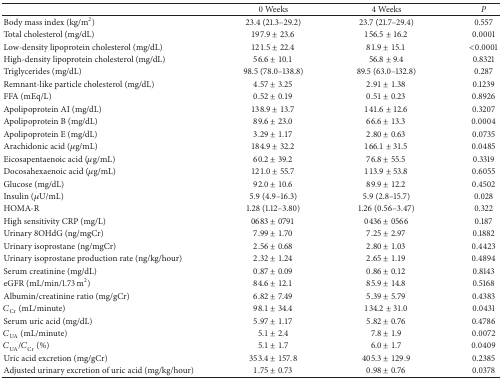
<table><thead><tr><td><b> </b></td><td><b>0 Weeks</b></td><td><b>4 Weeks</b></td><td><b><i>P </i></b></td></tr></thead><tbody><tr><td>Body mass index (kg/m<sup>2</sup>)</td><td>23.4 (21.3–29.2)</td><td>23.7 (21.7–29.4)</td><td>0.557</td></tr><tr><td>Total cholesterol (mg/dL)</td><td>197.9 ± 23.6</td><td>156.5 ± 16.2</td><td>0.0001</td></tr><tr><td>Low-density lipoprotein cholesterol (mg/dL)</td><td>121.5 ± 22.4</td><td>81.9 ± 15.1</td><td>&lt;0.0001</td></tr><tr><td>High-density lipoprotein cholesterol (mg/dL)</td><td>56.6 ± 10.1</td><td>56.8 ± 9.4</td><td>0.8321</td></tr><tr><td>Triglycerides (mg/dL)</td><td>98.5 (78.0–138.8)</td><td>89.5 (63.0–132.8)</td><td>0.287</td></tr><tr><td>Remnant-like particle cholesterol (mg/dL)</td><td>4.57 ± 3.25</td><td>2.91 ± 1.38</td><td>0.1239</td></tr><tr><td>FFA (mEq/L)</td><td>0.52 ± 0.19</td><td>0.51 ± 0.23</td><td>0.8926</td></tr><tr><td>Apolipoprotein AI (mg/dL)</td><td>138.9 ± 13.7</td><td>141.6 ± 12.6</td><td>0.3207</td></tr><tr><td>Apolipoprotein B (mg/dL)</td><td>89.6 ± 23.0</td><td>66.6 ± 13.3</td><td>0.0004</td></tr><tr><td>Apolipoprotein E (mg/dL)</td><td>3.29 ± 1.17</td><td>2.80 ± 0.63</td><td>0.0735</td></tr><tr><td>Arachidonic acid (<i>μ</i>g/mL)</td><td>184.9 ± 32.2</td><td>166.1 ± 31.5</td><td>0.0485</td></tr><tr><td>Eicosapentaenoic acid (<i>μ</i>g/mL)</td><td>60.2 ± 39.2</td><td>76.8 ± 55.5</td><td>0.3319</td></tr><tr><td>Docosahexaenoic acid (<i>μ</i>g/mL)</td><td>121.0 ± 55.7</td><td>113.9 ± 53.8</td><td>0.6055</td></tr><tr><td>Glucose (mg/dL)</td><td>92.0 ± 10.6</td><td>89.9 ± 12.2</td><td>0.4502</td></tr><tr><td>Insulin (<i>μ</i>U/mL)</td><td>5.9 (4.9–16.3)</td><td>5.9 (2.8–15.7)</td><td>0.028</td></tr><tr><td>HOMA-R</td><td>1.28 (1.12–3.80)</td><td>1.26 (0.56–3.47)</td><td>0.322</td></tr><tr><td>High sensitivity CRP (mg/L)</td><td>0683 ± 0791</td><td>0436 ± 0566</td><td>0.187</td></tr><tr><td>Urinary 8OHdG (ng/mgCr)</td><td>7.99 ± 1.70</td><td>7.25 ± 2.97</td><td>0.1882</td></tr><tr><td>Urinary isoprostane (ng/mgCr)</td><td>2.56 ± 0.68</td><td>2.80 ± 1.03</td><td>0.4423</td></tr><tr><td>Urinary isoprostane production rate (ng/kg/hour)</td><td>2.32 ± 1.24</td><td>2.65 ± 1.19</td><td>0.4894</td></tr><tr><td>Serum creatinine (mg/dL)</td><td>0.87 ± 0.09</td><td>0.86 ± 0.12</td><td>0.8143</td></tr><tr><td>eGFR (mL/min/1.73 m<sup>2</sup>)</td><td>84.6 ± 12.1</td><td>85.9 ± 14.8</td><td>0.5168</td></tr><tr><td>Albumin/creatinine ratio (mg/gCr)</td><td>6.82 ± 7.49</td><td>5.39 ± 5.79</td><td>0.4383</td></tr><tr><td><i>C</i><sub>Cr</sub>(mL/minute)</td><td>98.1 ± 34.4</td><td>134.2 ± 31.0</td><td>0.0431</td></tr><tr><td>Serum uric acid (mg/dL)</td><td>5.97 ± 1.17</td><td>5.82 ± 0.76</td><td>0.4786</td></tr><tr><td><i>C</i><sub>UA</sub> (mL/minute)</td><td>5.1 ± 2.4</td><td>7.8 ± 1.9</td><td>0.0072</td></tr><tr><td><i>C</i><sub>UA</sub>/<i>C</i><sub>Cr</sub> (%)</td><td>5.1 ± 1.7</td><td>6.0 ± 1.7</td><td>0.0409</td></tr><tr><td>Uric acid excretion (mg/gCr)</td><td>353.4 ± 157.8</td><td>405.3 ± 129.9</td><td>0.2385</td></tr><tr><td>Adjusted urinary excretion of uric acid (mg/kg/hour)</td><td>1.75 ± 0.73</td><td>0.98 ± 0.76</td><td>0.0378</td></tr></tbody></table>